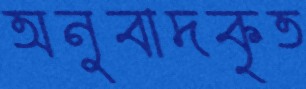
অনুবাদকৃত